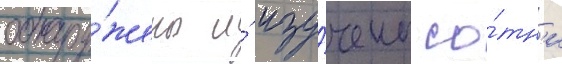
обнару́жены и́ изу́чены со́тн'и